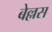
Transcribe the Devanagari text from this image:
बेल्लस